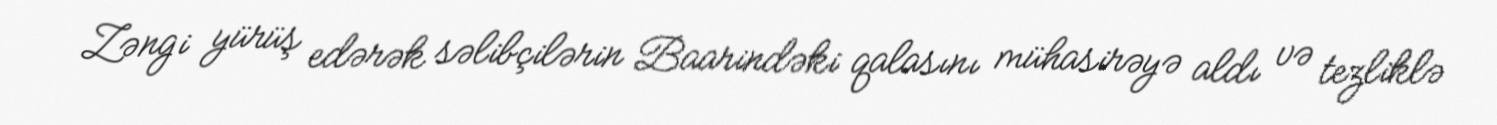
Zəngi yürüş edərək səlibçilərin Baarindəki qalasını mühasirəyə aldı və tezliklə